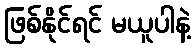
ဖြစ်နိုင်ရင် မယူပါနဲ့